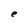
Character: e